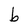
Character: b